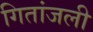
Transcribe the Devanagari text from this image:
गितांजली